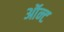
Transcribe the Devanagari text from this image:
ऑन्ट